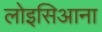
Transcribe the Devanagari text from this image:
लोइसिआना